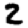
Digit: 2